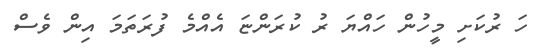
ހަ ރުކަށި މީހުން ހައްޔަ ރު ކުރަންޏަ އެއްމެ ފުރަތަމަ އިން ވެސް